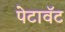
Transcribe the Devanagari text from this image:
पेटावॅट